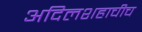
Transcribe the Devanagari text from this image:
अदिलशहाचीच